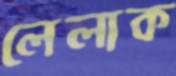
লেলাক